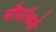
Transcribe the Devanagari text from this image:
मौर्याकडे